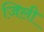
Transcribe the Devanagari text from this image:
जिली